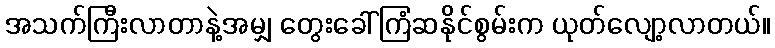
အသက်ကြီးလာတာနဲ့အမျှ တွေးခေါ်ကြံဆနိုင်စွမ်းက ယုတ်လျော့လာတယ်။